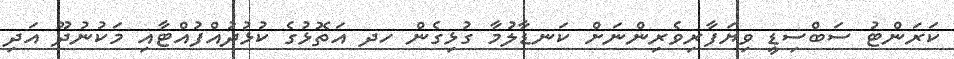
ކަރަންޓު ސަބްސިޑީ ވިޔަފާރިވެރިންނަށް ކަނޑާލުމާ ގުޅިގެން ހދ އަތޮޅުގެ ކުޅުދުއްފުއްޓާއި މަކުނުދޫ އަދި